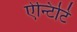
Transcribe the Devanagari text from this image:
ऐन्टिटि